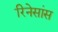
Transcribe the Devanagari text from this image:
रिनेसांस